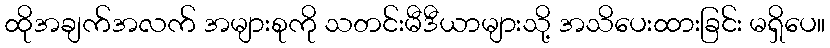
ထိုအချက်အလက် အများစုကို သတင်းမီဒီယာများသို့ အသိပေးထားခြင်း မရှိပေ။